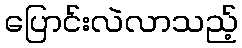
ပြောင်းလဲလာသည့်